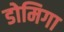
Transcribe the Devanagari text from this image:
डोमिगा